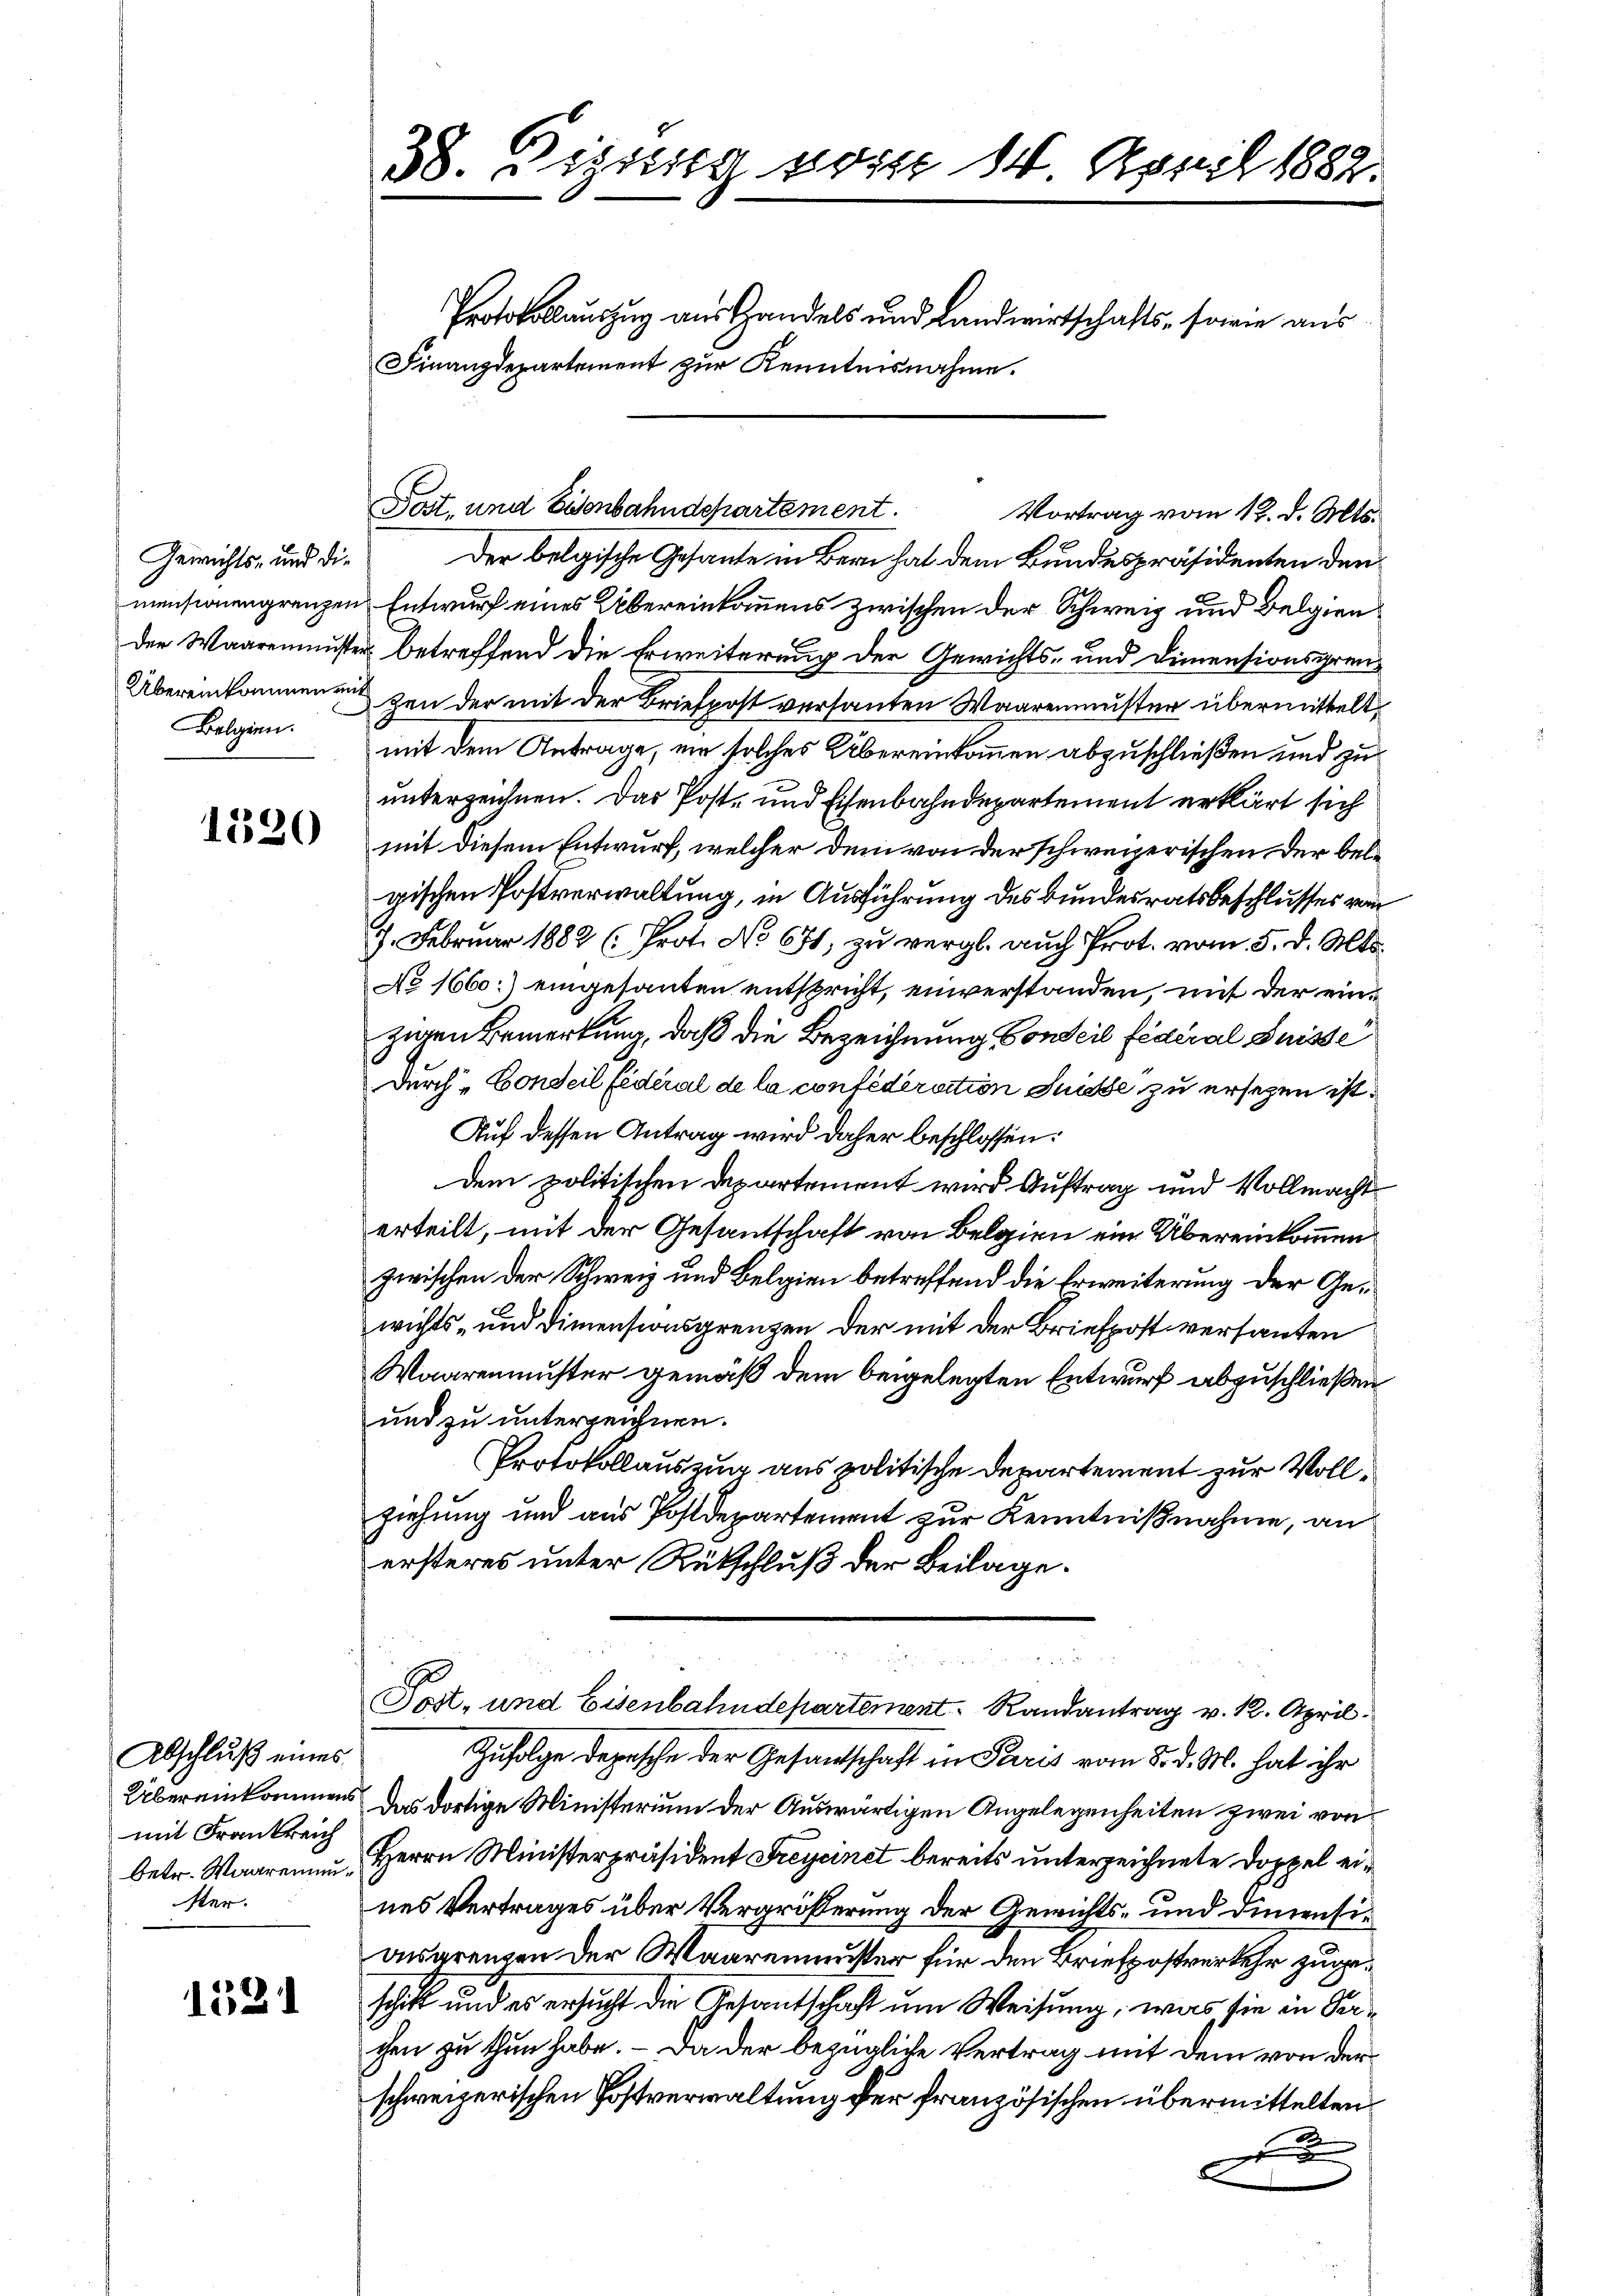
Gewichts- und die
Der Waarenmuste
Belgien.

1220

Abschluß eines
Übereinkommens
mit Frankreich
betr. Waaremenster.

1581

38. Digung vor 14. April 1882.
Protokollauszug aus Handels und Landwirtschafts- sowie aus
Finanzdepartement zur Kenntnisnahme.

Der belgische Gesante in Bern hat dem Bundespräsidenten den
mensionengrenzen Entwurf eines Übereinkommens zwischen der Schweiz und Belgien¬
 betreffend die Erweiterung der Gewichts- und Dimentionsgren¬
Übereinkommenen den der mit der Briefpost versanten Waarenmuster übermittelt
mit dem Antrage, ein solches Übereinkommen abzuschließen und zu
unterzeichnen. Das Post- und Eisenbahndepartement erklärt sich
mit diesem Entwurf, welcher dem von der schweizerischen der belgischen Postverwaltung, in Ausführung des Bundesratsbeschlusses von
9. Februar 1882 (Prot. No 671, zu vergl. auch Prot. vom 5. d. Mts.
No 1660:) eingesanten entspricht, einverstanden, mit der einzigen Bemerkung, daß die Bezeichnung Conseil fédéral Suisse
Durch „Conseil fédéral de la confédération Suisse zu ersezen ist.
Auf dessen Antrag wird daher beschlossen:
dem politischen Departement wird Auftrag und Vollmacht
erteilt, mit der Gesantschaft von Belgien ein Übereinkommen
zwischen der Schweiz und Belgien betreffend die Erweiterung der Gewichts- und Dimensionsgrenzen der mit der Briefpost versanten
Waarenmuster gemäß dem beigelegten Entwurf abzuschließen
und zu unterzeichnen.
Protokollauszug aus politische Departement zur Vollziehung und aus Postdepartement zur Kenntnißnahme, an
ersteres unter Rükschluß der Beilage.

Post- und Eisenbahndepartement. Randantrag v. 12. April.
Zufolge depesche der Gesantschaft in Paris vom 5. d. M. hat ihr
Das dortige Ministerium der Auswärtigen Angelegenheiten zwei von
Herrn Ministerpräsident Freycinet bereits unterzeichnete Doppel eines Vertrages über Vergrößerung der Gewichts- und diniensiangrenzen der Waarenmuster für den Briefpostverkehr zugeschick und es ersucht die Gesandtschaft um Weisung, was sie in Verchen zu thun habe. – Da der bezügliche Vertrag mit dem von der
schweizerischen Postverwaltung der französischen übermittelten
d
E
2

Tost, und Eisenbahndepartement.

Vortrag vom 12. d. Mts.